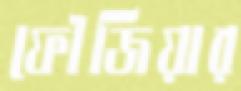
ফৌজিয়ার